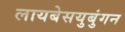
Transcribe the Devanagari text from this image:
लायबेसयुबुंगन